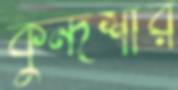
কুন্দশীর